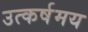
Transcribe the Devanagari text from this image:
उत्कर्षमय